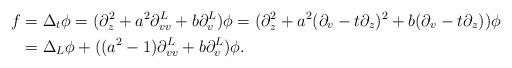
LaTeX: \begin{align*} f&=\Delta_t \phi=(\partial_z^2+a^2\partial^L_{vv}+b\partial^L_{v})\phi =(\partial_z^2+a^2(\partial_{v}-t\partial_z)^2+b(\partial_{v}-t\partial_z))\phi \\& =\Delta_L \phi + ((a^2-1)\partial^L_{vv}+b\partial^L_{v})\phi. \end{align*}